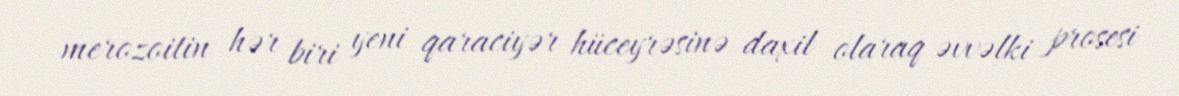
merozoitin hər biri yeni qaraciyər hüceyrəsinə daxil olaraq əvvəlki prosesi